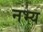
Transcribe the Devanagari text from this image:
नभ्य